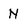
Character: N